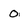
Character: 0